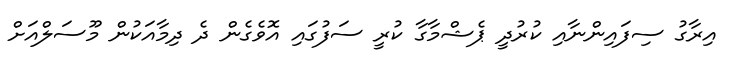
އިރާގު ސިފައިންނާއި ކުރުދީ ޕެޝްމާގާ ކުރީ ސަފުގައި އޮވެގެން ދެ ދިމާއަކުން މޫސަލްއަށް